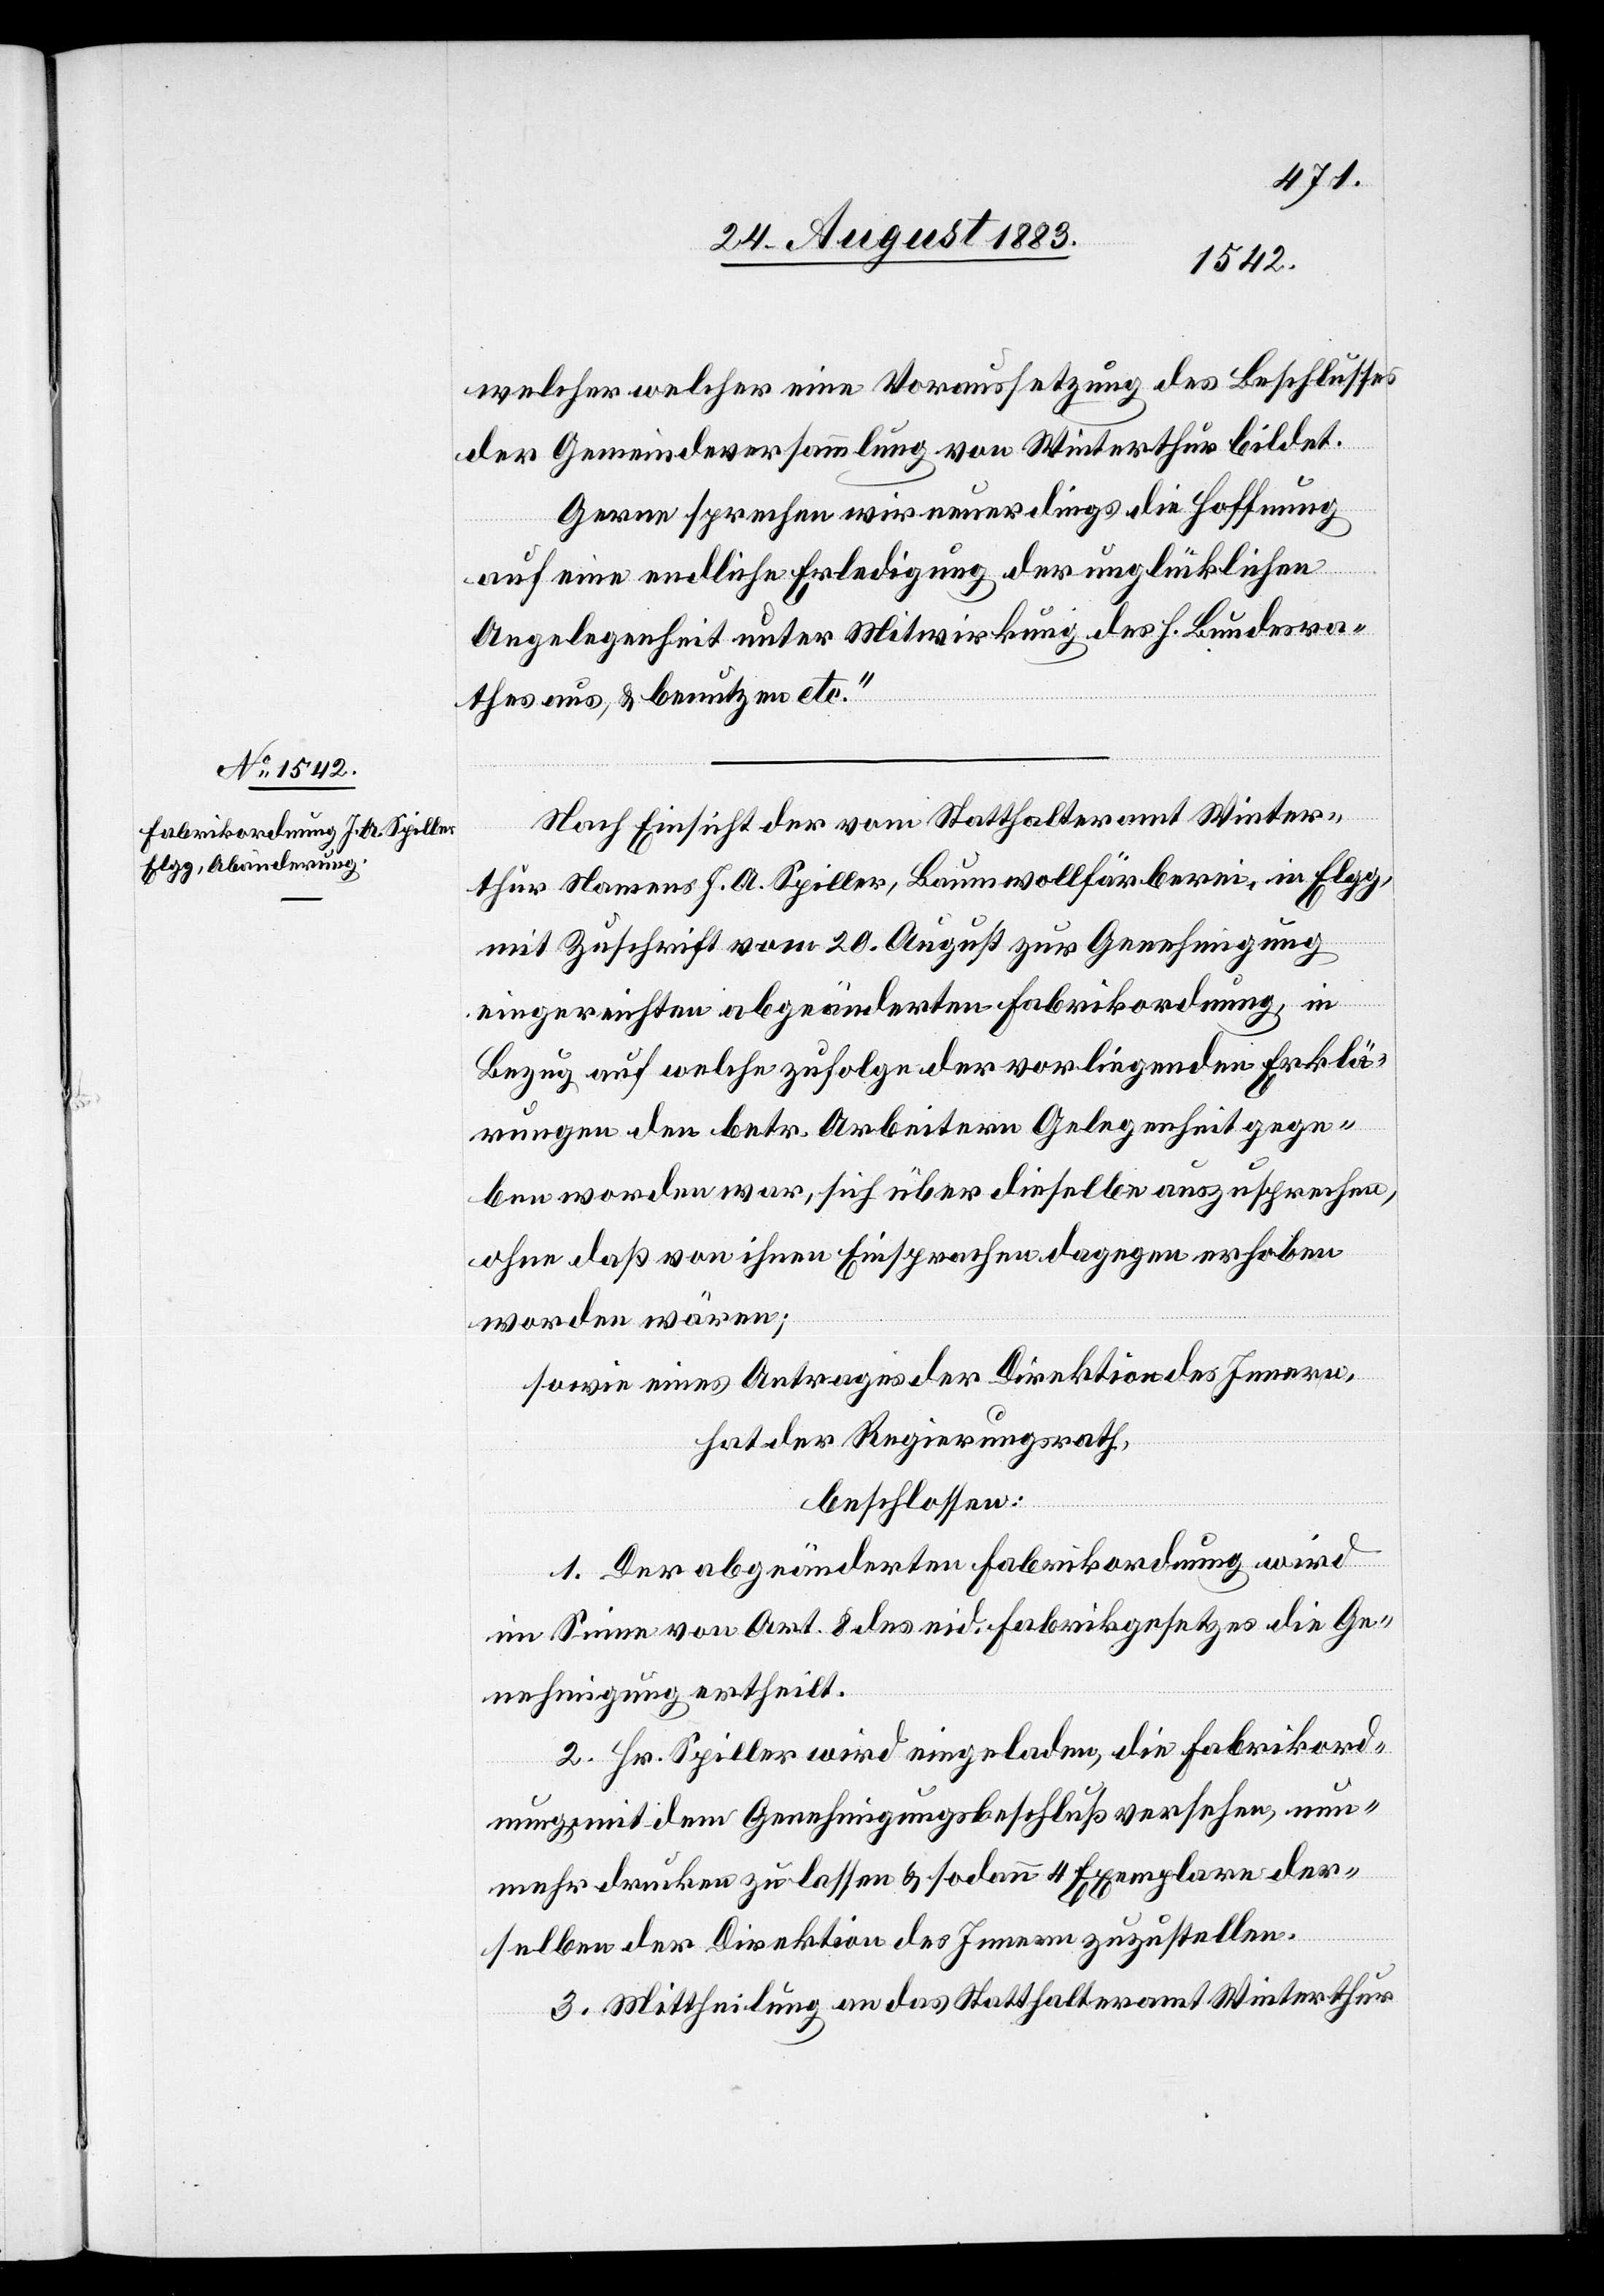
welcher welcher [sic!] eine Voraussetzung des Beschlusses
der Gemeindeversammlung von Winterthur bildet.
Gerne sprechen wir neuerdings die Hoffnung
auf eine endliche Erledigung der unglücklichen
Angelegenheit unter Mitwirkung des h. Bundesra¬
thes aus, & benutzen etc.“
Nach Einsicht der vom Statthalteramt Winter¬
thur Namens J. A. Spiller, Baumwollfärberei, in Elgg,
mit Zuschrift vom 20. August zur Genehmigung
eingereichten abgeänderten Fabrikordnung, in
Bezug auf welche zufolge der vorliegenden Erklä¬
rungen den betr. Arbeitern Gelegenheit gege¬
ben worden war, sich über dieselbe auszusprechen,
ohne daß von ihnen Einsprachen dagegen erhoben
worden wären;
sowie eines Antrages der Direktion des Innern,
hat der Regierungsrath,
beschlossen:
1. Der abgeänderten Fabrikordnung wird
im Sinne von Art. 8 des eid. Fabrikgesetzes die Ge¬
nehmigung ertheilt.
2. Hr. Spiller wird eingeladen, die Fabrikord¬
nung mit dem Genehmigungsbeschluß versehen, nun¬
mehr drucken zu lassen & sodann 4 Exemplare der¬
selben der Direktion des Innern zuzustellen.
3. Mittheilung an das Statthalteramt Winterthur